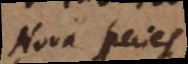
Nova species